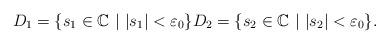
LaTeX: \begin{align*} D_1 = \{ s_1 \in \mathbb{C} \ | \ |s_1| < \varepsilon_0 \} D_2 = \{ s_2 \in \mathbb{C} \ | \ |s_2| < \varepsilon_0 \}.\end{align*}